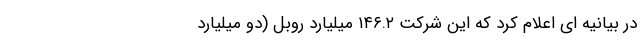
در بیانیه ای اعلام کرد که این شرکت ۱۴۶.۲ میلیارد روبل (دو میلیارد